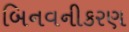
બિનવનીકરણ